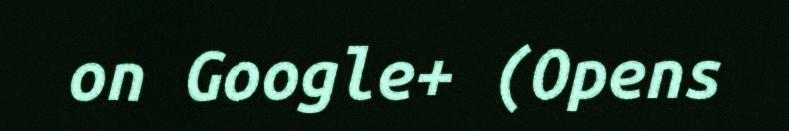
on Google+ (Opens